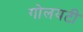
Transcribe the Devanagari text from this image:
गोलयटी